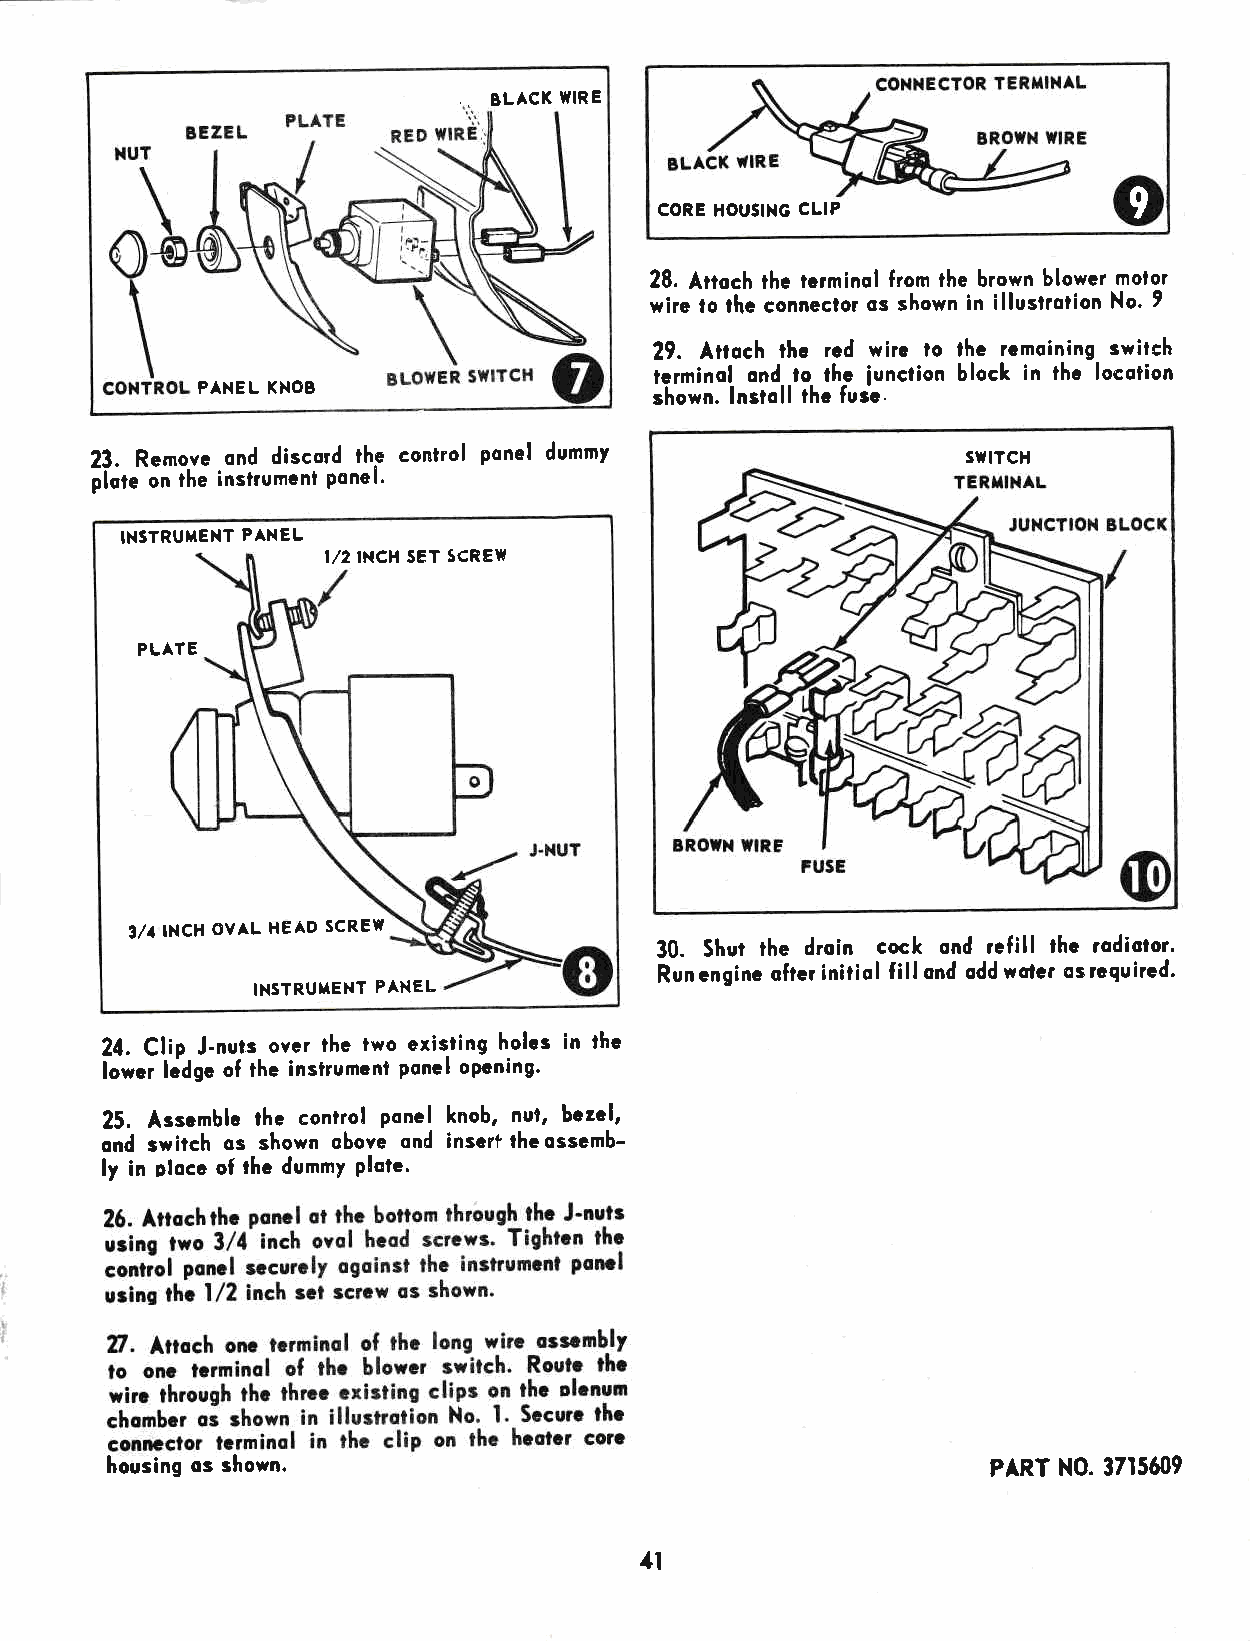
.
 BLACK WIRE
 9
 CORE HOUSTNG CLIP
 28. Artoch thc terminol from the brown blower motor
 wire lo lhc connector os shown in illustrotion No. 9
 29. Attoch thc rcd wirc lo lhc rcmoining switch
 tcrminol ond to thc iunction block in tha locotion
 PANEL KNOB                    shown. lnstoll thc fusc.
 23. Removc ond discord lh.e control ponel dummy           SUITCH
 plote on the instrument Ponel.
 INSTRUMENT PANEL
 I,/2 INCH SET SCREW
 PLATE
 3/' INCH OVAL HEAD SCREW
 30. Shut the droin cock ond refill thc rodiotor.
 Run cnginc oftcr initiol Iill ond odd wolcr os rcquircd.
 IXSTRUXENT PANEL
 24. Clio J-nuts over thc two existing holcs in thc
 lowcr lcdgc of the inslrumcnt ponel opcning'
 25. Asscmblc the control pone! knob, nul, bezcl,
 ond switch os shown obove ond inser? lhc osscmb-
 ly in oloce oI lhc dummY Plote.
 housing os shown.                                          PART NO. 37t5609
 4l